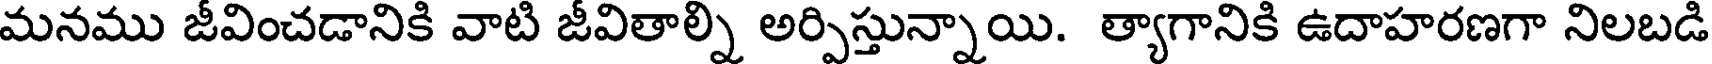
మనము జీవించడానికి వాటి జీవితాల్ని అర్పిస్తున్నాయి. త్యాగానికి ఉదాహరణగా నిలబడి